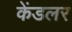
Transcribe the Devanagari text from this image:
केंडलर